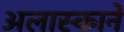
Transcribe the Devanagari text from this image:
अलास्काने